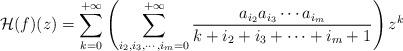
LaTeX: \begin{align*}\mathcal{H}(f)(z)=\sum_{k=0}^{+\infty}\left(\sum_{i_2,i_3,\cdots,i_m=0}^{+\infty}\frac{a_{i_2}a_{i_3}\cdots a_{i_m}}{k+i_2+i_3+\cdots+i_m+1}\right)z^k\end{align*}